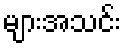
များအသင်း